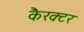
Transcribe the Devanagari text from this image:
कैरक्टर